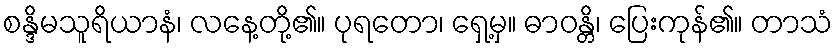
စန္ဒိမသူရိယာနံ၊ လနေ့တို့၏။ ပုရတော၊ ရှေ့မှ။ ဓာဝန္တိ၊ ပြေးကုန်၏။ တာသံ